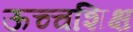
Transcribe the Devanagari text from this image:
ऊच्चशिक्ष